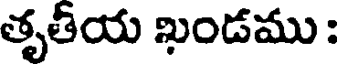
తృతీయ ఖండము :